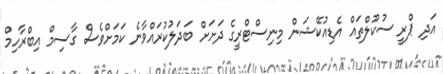
އަދި ޕްރީ ސުކޫލްތައް އެޑިއުކޭޝަން މިނިސްޓްރީގެ ދަށަށް ބަދަލުކުރައްވާނެ ކަމަށްވެސް ގާސިމް އިބްރާހިމް